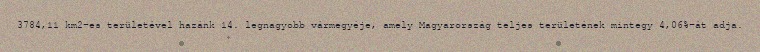
3784,11 km2-es területével hazánk 14. legnagyobb vármegyéje, amely Magyarország teljes területének mintegy 4,06%-át adja.